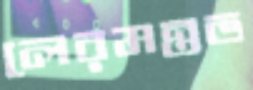
লেরমন্তভ